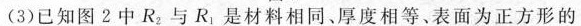
(3)已知图2中R_{2}与R_{1}是材料相同、厚度相等、表面为正方形的